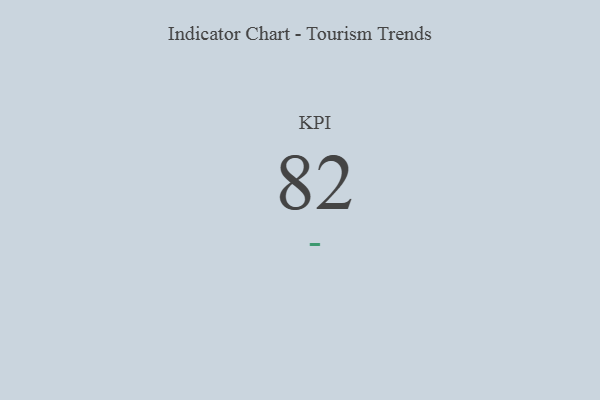
{"axis": {"x": "KPI", "y": "Value"}, "legend": [""], "data": [{"x": "KPI", "y": 82, "type": ""}]}